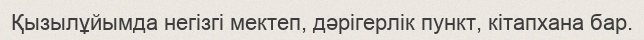
Қызылұйымда негізгі мектеп, дәрігерлік пункт, кітапхана бар.